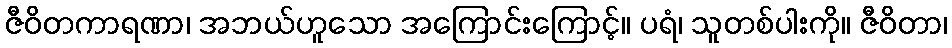
ဇီဝိတကာရဏာ၊ အဘယ်ဟူသော အကြောင်းကြောင့်။ ပရံ၊ သူတစ်ပါးကို။ ဇီဝိတာ၊